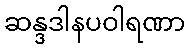
ဆန္ဒဒါနပဝါရဏာ